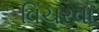
વિચરવા